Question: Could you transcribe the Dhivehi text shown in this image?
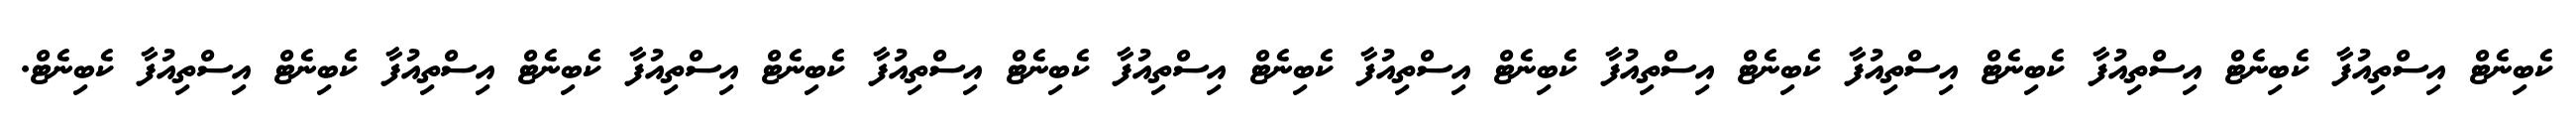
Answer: ކެބިނެޓް އިސްތިއުފާ ކެބިނެޓް އިސްތިއުފާ ކެބިނެޓް އިސްތިއުފާ ކެބިނެޓް އިސްތިއުފާ ކެބިނެޓް އިސްތިއުފާ ކެބިނެޓް އިސްތިއުފާ ކެބިނެޓް އިސްތިއުފާ ކެބިނެޓް އިސްތިއުފާ ކެބިނެޓް އިސްތިއުފާ ކެބިނެޓް އިސްތިއުފާ ކެބިނެޓް.